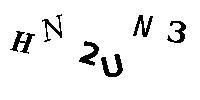
HN2UN3